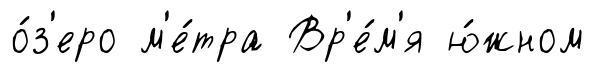
о́з'еро м'е́тра Вр'е́м'я ю́жном